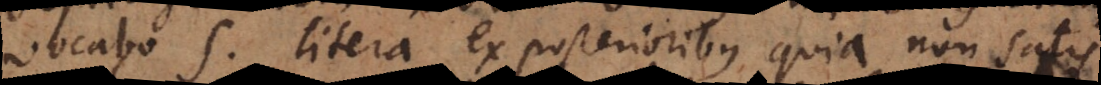
vocabo s, litera ex posterioribus, quia non satis